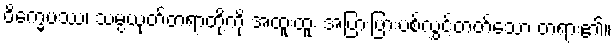
ဝိက္ခေပဿ၊ သမ္ပယုတ်တရာတို့ကို အထူးထူး အပြားပြားပစ်လွှင့်တတ်သော တရား၏။